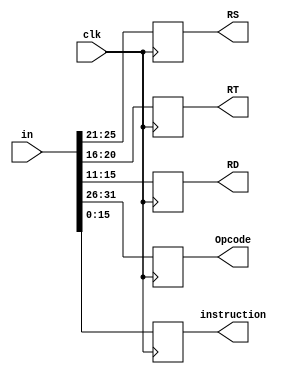
`timescale 1ns/1ns

module AuxBuffer(
	input [31:0]in,
	input clk,
	output reg[4:0]RS,RT,RD,
	output reg[5:0]Opcode,
    output reg[15:0]instruction
);

always @(posedge clk)
	begin
		Opcode = in[31:26];
		RS = in[25:21];
		RT = in[20:16];
		RD = in[15:11];
        instruction= in[15:0];
	end

endmodule